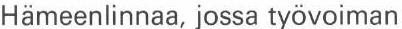
Hämeenlinnaa, jossa työvoiman